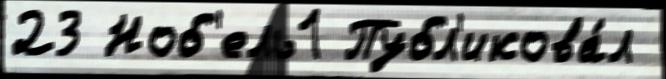
23 Ноб'ель1 Публ'икова́л